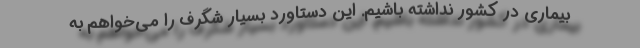
بیماری در کشور نداشته باشیم. این دستاورد بسیار شگرف را می‌خواهم به